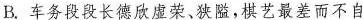
B.车务段段长德欣虚荣、狭隘，棋艺最差而不自